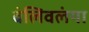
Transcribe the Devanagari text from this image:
बंलिवलंया